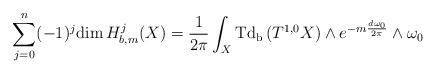
LaTeX: \begin{align*}\sum_{j=0}^{n}(-1)^{j}\mathrm{dim\,}H_{b,m}^{j}(X)=\frac{1}{2\pi }\int_{X}\mathrm{Td_{b}\,}(T^{1,0}X)\wedge e^{-m\frac{d\omega _{0}}{2\pi }}\wedge\omega _{0} \end{align*}